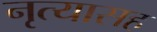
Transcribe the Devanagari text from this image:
नृत्यासह